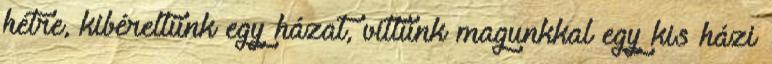
hétre, kibéreltünk egy házat, vittünk magunkkal egy kis házi